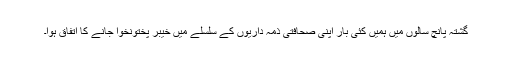
گشتہ پانچ سالوں میں ہمیں کئی بار اپنی صحافتی ذمہ داریوں کے سلسلے میں خیبر پختونخوا جانے کا اتفاق ہوا۔